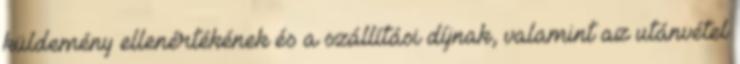
küldemény ellenértékének és a szállítási díjnak, valamint az utánvétel